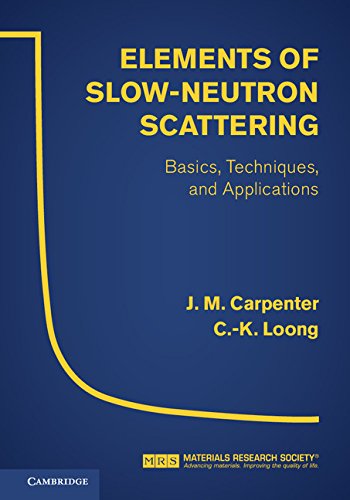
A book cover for Elements of Slow-Neutron Scattering: Basics, Techniques, and Applications; J. M. Carpenter; Science & Math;